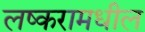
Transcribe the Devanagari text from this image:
लष्करामधील